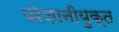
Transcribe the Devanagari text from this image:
परेशानीयुक्त